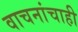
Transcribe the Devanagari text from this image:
वाचनांचाही